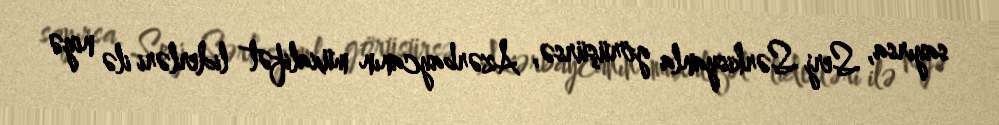
sayırsa, Serj Sərkisyanla görüşürsə, Azərbaycanın müxalifət liderləri ilə niyə